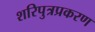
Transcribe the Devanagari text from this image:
शरिपुत्रप्रकरण